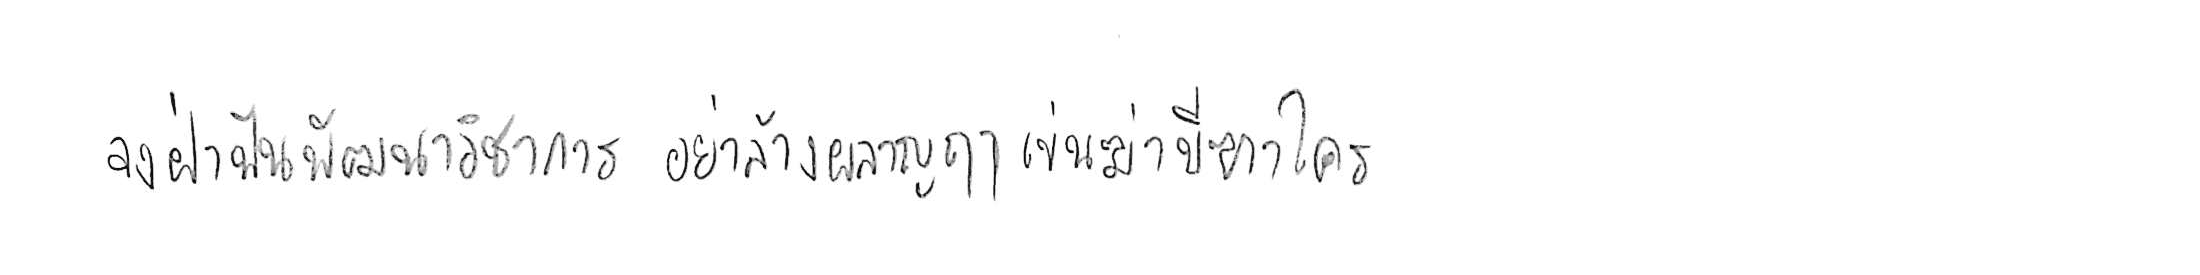
จงฝ่าฟันพัฒนาวิชาการ อย่าล้างผลาญฤๅเข่นฆ่าบีฑาใคร